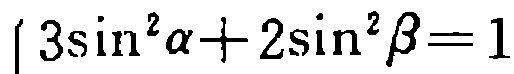
\(3\sin^{2}\alpha + 2\sin^{2}\beta = 1\)